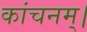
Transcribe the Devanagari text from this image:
कांचनम्।